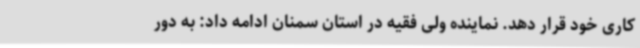
کاری خود قرار دهد. نماینده ولی فقیه در استان سمنان ادامه داد: به دور